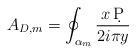
LaTeX: \begin{align*}A_{D,m} = \oint_{\alpha_{m}} {x\, \d P\over 2i\pi y}\end{align*}